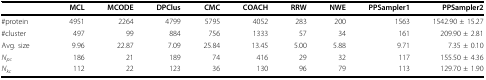
|  | MCL | MCODE | DPClus | CMC | COACH | RRW | NWE | PPSampler1 | PPSampler2 |
 | --- | --- | --- | --- | --- | --- | --- | --- | --- | --- |
 | #protein | 4951 | 2264 | 4799 | 5795 | 4052 | 283 | 200 | 1563 | 1542.90 ± 15.27 |
 | #cluster | 497 | 99 | 884 | 756 | 1333 | 57 | 34 | 161 | 209.90 ± 2.81 |
 | Avg. size | 9.96 | 22.87 | 7.09 | 25.84 | 13.45 | 5.00 | 5.88 | 9.71 | 7.35 ± 0.10 |
 | Npc | 186 | 21 | 189 | 74 | 416 | 29 | 32 | 117 | 155.50 ± 4.36 |
 | Nkc | 112 | 22 | 123 | 36 | 130 | 96 | 79 | 113 | 129.70 ± 1.90 |